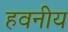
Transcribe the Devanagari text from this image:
हवनीय